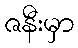
ဇနီးမှာ